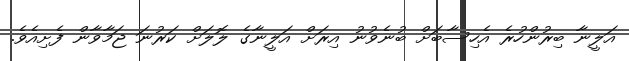
އަލީނާ ބިރުންހުރެ އެހިސާބަށް ބުނެވުނު އިރަށް އަލީނާގެ ލޮލަށް ކަރުނަ ޖަމާވާން ފެށިއެވެ.